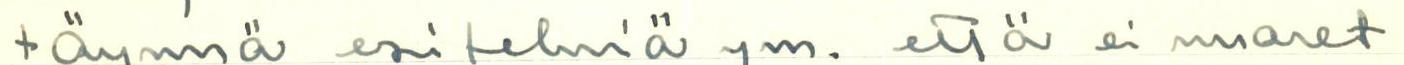
täynnä esitelmiä ym. että ei monet